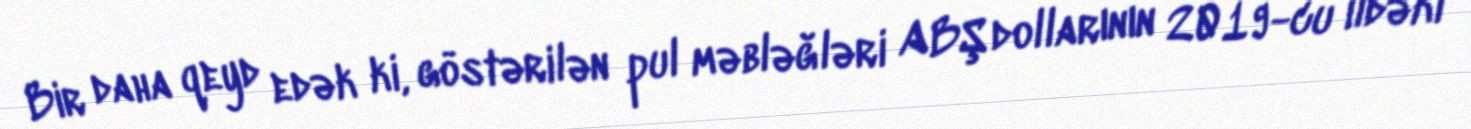
Bir daha qeyd edək ki, göstərilən pul məbləğləri ABŞ dollarının 2019-cu ildəki